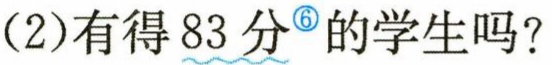
(2)有得 83 分<sup>\textcircled{6}</sup>的学生吗？